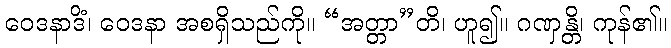
ဝေဒနာဒိံ၊ ဝေဒနာ အစရှိသည်ကို။ “အတ္တာ”တိ၊ ဟူ၍။ ဂဏှန္တိ၊ ကုန်၏။